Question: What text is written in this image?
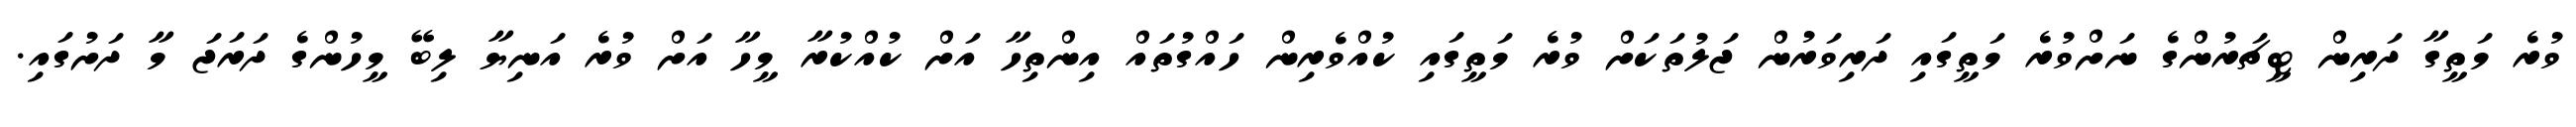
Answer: ވުރެ މަތީގާ ދަރިން ޓީޗަރުންގެ ނަށްވުރެ މަތީގައި ދަރިވަރުން ޖަލުތަކަށް ވުރެ މަތީގައި ކުއްވެރިން ހައްގުތައް އިންތިހާ އަށް ކުއްކުރާ މީހާ އަށް ވުރެ އަނިޔާ ލިބޭ މީހުންގެ ދަރަޖަ މާ ދަށުގައި.